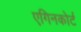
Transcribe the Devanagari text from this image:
एगिनकोर्ट